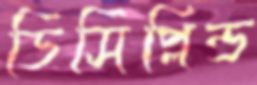
ডিসিপ্লিন্ড